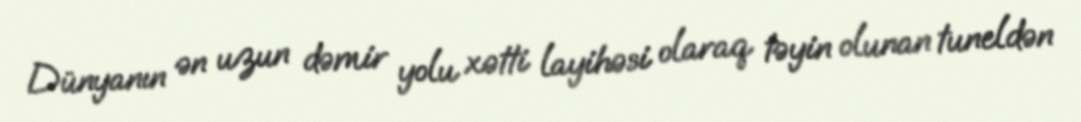
Dünyanın ən uzun dəmir yolu xətti layihəsi olaraq təyin olunan tuneldən